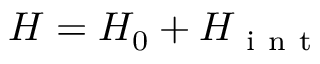
H = H _ { 0 } + H _ { \mathrm { ~ i ~ n ~ t ~ } }